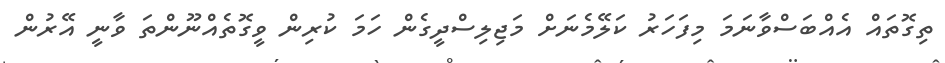
ތިގޮތައް އެއްބަސްވާނަމަ މިފަހަރު ކަލޭމެނަށް މަޖިލިސްދީގެން ހަމަ ކުރިން ވީގޮތެއްނޫންތަ ވާނީ އޭރުން